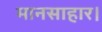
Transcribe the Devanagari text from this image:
मानसाहार।